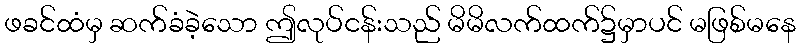
ဖခင်ထံမှ ဆက်ခံခဲ့သော ဤလုပ်ငန်းသည် မိမိလက်ထက်၌မှာပင် မဖြစ်မနေ